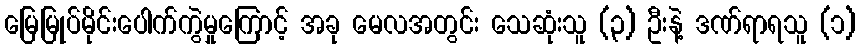
မြေမြုပ်မိုင်းပေါက်ကွဲမှုကြောင့် အခု မေလအတွင်း သေဆုံးသူ (၃) ဦးနဲ့ ဒဏ်ရာရသူ (၁)